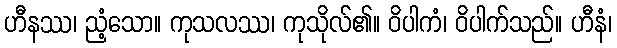
ဟီနဿ၊ ညံ့သော။ ကုသလဿ၊ ကုသိုလ်၏။ ဝိပါကံ၊ ဝိပါက်သည်။ ဟီနံ၊